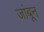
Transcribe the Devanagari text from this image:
जांबून